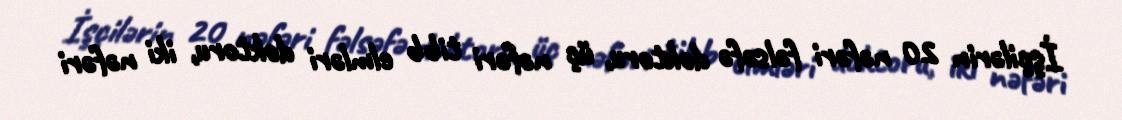
İşçilərin 20 nəfəri fəlsəfə doktoru, üç nəfəri tibb elmləri doktoru, iki nəfəri